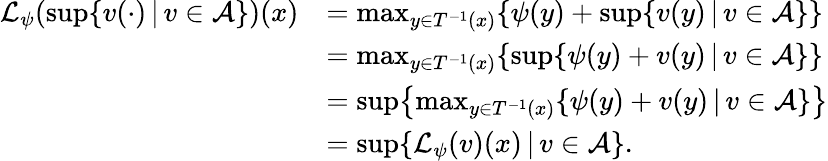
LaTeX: \begin{array}{rl}{\mathcal{L}_{\psi}(\operatorname*{sup}\{ v(\cdot)\, |\, v\in\mathcal{A}\} )(x)}&{=\operatorname*{max}_{y\in T^{-1}(x)}\{ \psi(y)+\operatorname*{sup}\{ v(y)\, |\, v\in\mathcal{A}\} \} }\\ &{=\operatorname*{max}_{y\in T^{-1}(x)}\{ \operatorname*{sup}\{ \psi(y)+v(y)\, |\, v\in\mathcal{A}\} \} }\\ &{=\operatorname*{sup}\bigl\{ \operatorname*{max}_{y\in T^{-1}(x)}\{ \psi(y)+v(y)\, |\, v\in\mathcal{A}\} \bigr\} }\\ &{=\operatorname*{sup}\{ \mathcal{L}_{\psi}(v)(x)\, |\, v\in\mathcal{A}\} .}\end{array}